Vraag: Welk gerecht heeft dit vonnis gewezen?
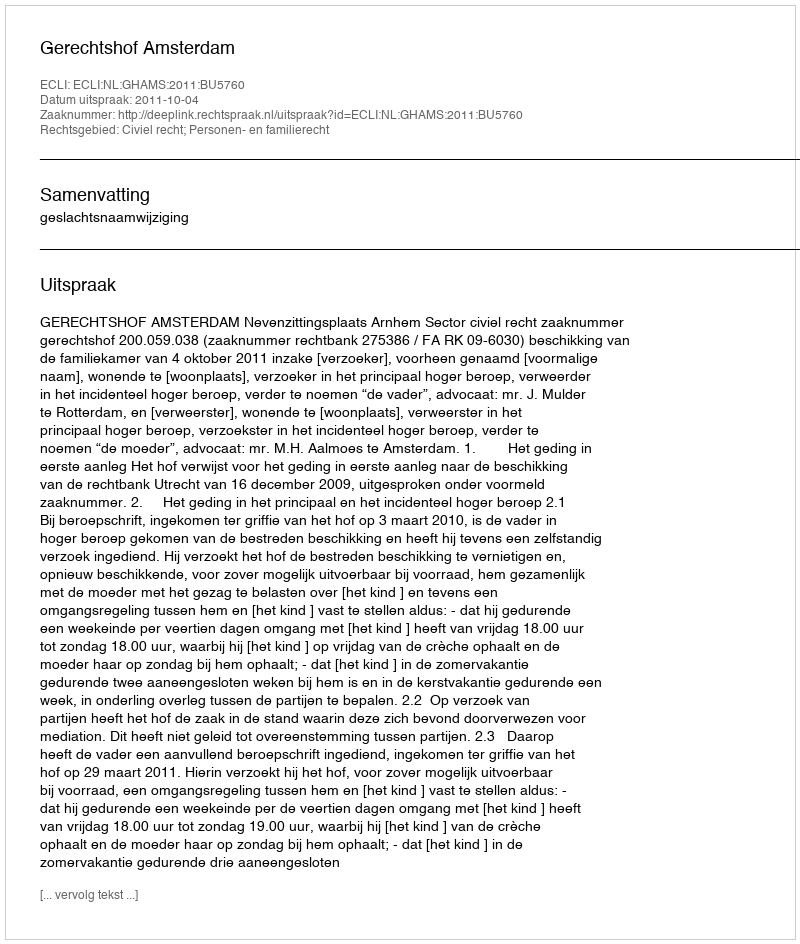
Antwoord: Gerechtshof Amsterdam